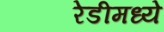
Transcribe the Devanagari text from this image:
रेडीमध्ये